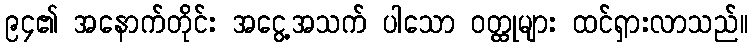
၉၄၏ အနောက်တိုင်း အငွေ့အသက် ပါသော ဝတ္ထုများ ထင်ရှားလာသည်။